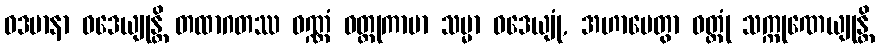
ဝဒမာနာ ဝဒေယျုန္တိ တထာဂတဿ ဝဏ္ဏံ ဝတ္တုကာမာ သမ္မာ ဝဒေယျုံ, အဟာပေတွာ ဝတ္တုံ သက္ကုဏေယျုန္တိ